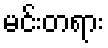
မင်းတရား